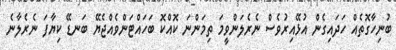
ބުނިހާގޮތެއް ހަދައިގެން އުޅޭއިރުވެސް ނެރެލަންވީމަ ތިމަންނަ ކޮއްކޮ ބަހައްޓަންވެއްޖެޔޭ ބަނޑޭ ކިޔާފަ ނެރެލާނެ